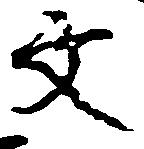
文